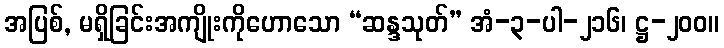
အပြစ်, မရှိခြင်းအကျိုးကိုဟောသော “ဆန္ဒသုတ်” အံ-၃-ပါ-၂၁၆၊ ဋ္ဌ-၂၀၀။